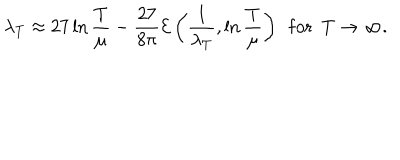
\lambda _ { T } \approx 2 7 \ln \frac { T } { \mu } - \frac { 2 7 } { 8 \pi } { \cal E } \left( \frac { 1 } { \lambda _ { T } } , \ln \frac { T } { \mu } \right) ~ ~ \mathrm { f o r } ~ ~ T \rightarrow \infty .